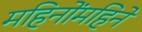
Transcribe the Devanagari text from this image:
महिनोंमहिने